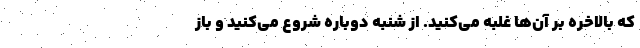
که بالاخره بر آن‌ها غلبه می‌کنید. از شنبه دوباره شروع می‌کنید و باز